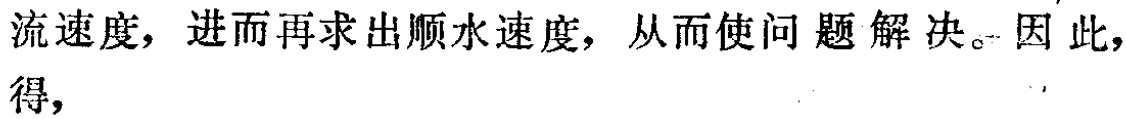
流速度，进而再求出顺水速度，从而使问题解决。因此，得，